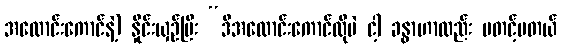
အလောင်းကောင်နဲ့) နှိုင်းယှဉ်ပြီး “ဒီအလောင်းကောင်လိုပဲ ငါ့ ခန္ဓာဟာလည်း မတင့်မတယ်